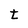
Character: t